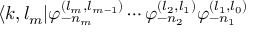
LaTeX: \langle k , l _ { m } | \varphi _ { - n _ { m } } ^ { ( l _ { m } , l _ { m - 1 } ) } \cdots \varphi _ { - n _ { 2 } } ^ { ( l _ { 2 } , l _ { 1 } ) } \varphi _ { - n _ { 1 } } ^ { ( l _ { 1 } , l _ { 0 } ) }